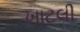
ખાટલી